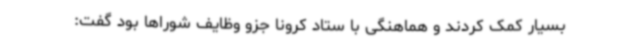
بسیار کمک کردند و هماهنگی با ستاد کرونا جزو وظایف شوراها بود گفت: